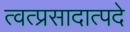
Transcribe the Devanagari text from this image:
त्वत्प्रसादात्पदे